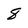
Character: 8